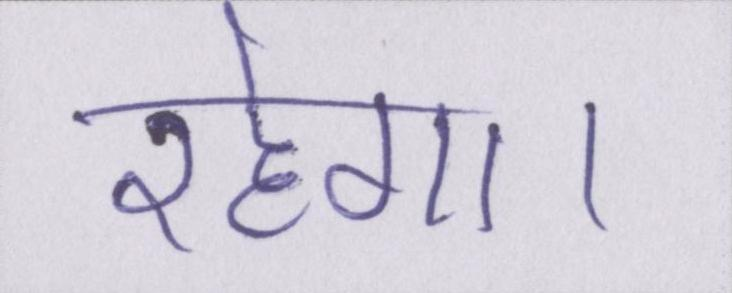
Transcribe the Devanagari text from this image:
रहेगा।